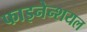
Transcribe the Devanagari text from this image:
फाइनेन्शयल